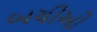
બચીઓ